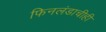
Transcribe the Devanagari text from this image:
फिनलंडाचीही